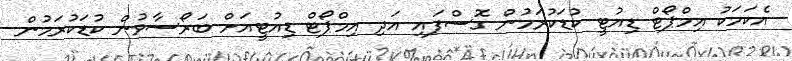
އެކަމަކު އިމްޕޯޓް ޑިއުޓީ ކުޑަކުރަމުން ގޮސްފައި އަދި އިމްޕޯޓް ޑިއުޓީއަށް ބަރޯސާވުން ކުޑަކުރަމުން